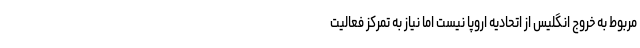
مربوط به خروج انگلیس از اتحادیه اروپا نیست اما نیاز به تمرکز فعالیت